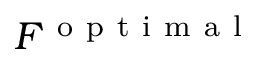
F ^ { \mathrm { ~ o ~ p ~ t ~ i ~ m ~ a ~ l ~ } }